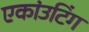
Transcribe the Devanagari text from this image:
एकांउटिंग